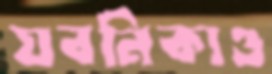
যবনিকাও